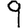
Digit: 9